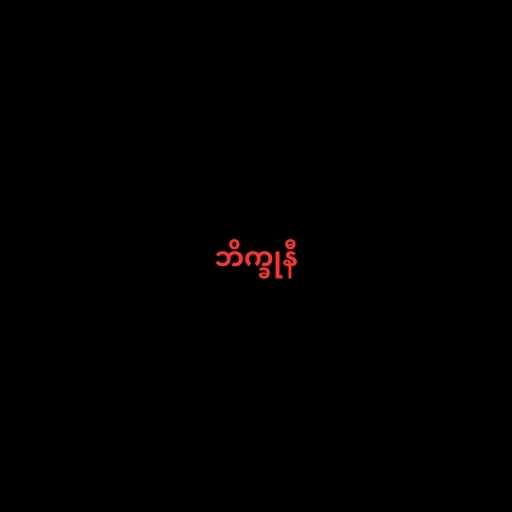
ဘိက္ခုနီ